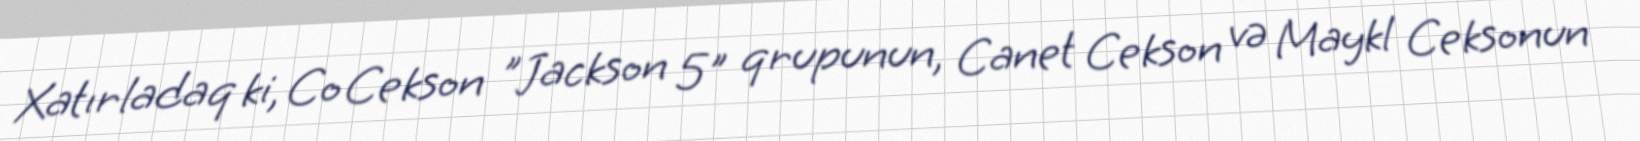
Xatırladaq ki, Co Cekson "Jackson 5" qrupunun, Canet Cekson və Maykl Ceksonun